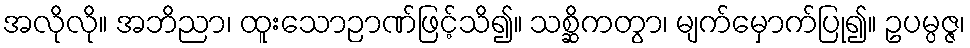
အလိုလို။ အဘိညာ၊ ထူးသောဉာဏ်ဖြင့်သိ၍။ သစ္ဆိကတွာ၊ မျက်မှောက်ပြု၍။ ဥပမ္ပဇ္ဇ၊